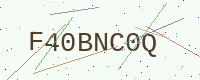
Text: F40BNC0Q